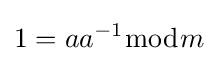
1=aa^{-1}{\bmod {m}}